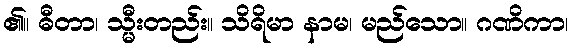
၏။ ဓီတာ၊ သ္မီးတည်း။ သိရိမာ နာမ၊ မည်သော။ ဂဏိကာ၊